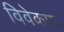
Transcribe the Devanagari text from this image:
विवेकाय